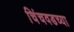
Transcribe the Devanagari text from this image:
चिंचवडच्या